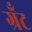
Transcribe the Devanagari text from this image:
ग्रॅंट